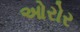
ઓરોર